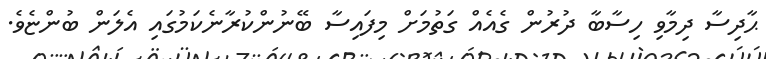
ޙާދިސާ ދިމާވި ހިސާބާ ދުރުން ގެއެއް ގަތުމަށް މިފައިސާ ބޭނުންކުރާނެކަމުގައި އެލަން ބުންޏެވެ.